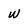
Character: w